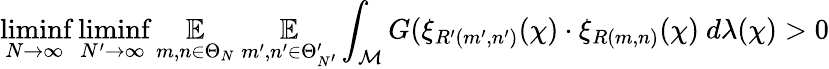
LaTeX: \operatorname*{liminf}_{N\rightarrow\infty}\operatorname*{liminf}_{N^{\prime}\rightarrow\infty}\underset{m,n\in\Theta_{N}}{\mathbb{E}}~\underset{m^{\prime},n^{\prime}\in\Theta_{N^{\prime}}^{\prime}}{\mathbb{E}}\int_{\mathcal{M}}G(\xi_{R^{\prime}(m^{\prime},n^{\prime})}(\chi)\cdot\xi_{R(m,n)}(\chi)~d\lambda(\chi)>0